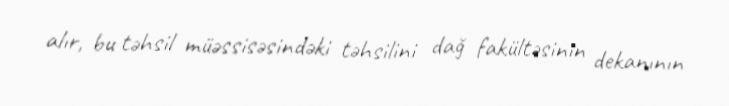
alır, bu təhsil müəssisəsindəki təhsilini dağ fakültəsinin dekanının